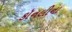
કૉનલીના